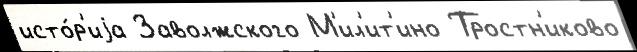
исто́р'иjа Заволжского М'ил'ит'ино Тростн'иково